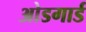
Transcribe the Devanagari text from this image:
ओडगार्ड